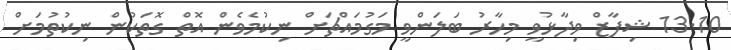
13.10 ޝިފާޒް ވިދާޅުވީ މިހާރު ބަލަންވީ މަގުމައްޗަށް ނިކުމެވެން އޮތް ގޮތަކުން ނިކުތުމަށް